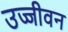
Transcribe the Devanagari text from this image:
उज्जीवन